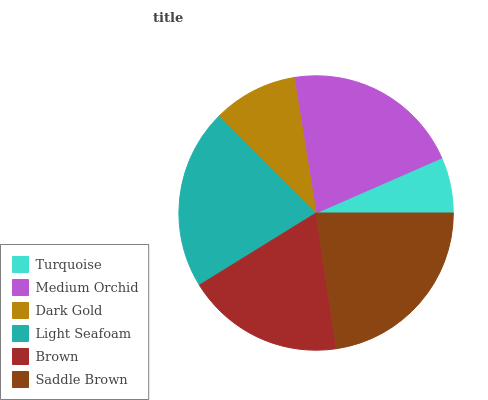
| Turquoise | Medium Orchid | Dark Gold | Light Seafoam | Brown | Saddle Brown |
 | --- | --- | --- | --- | --- | --- |
 | 6.57% | 21% | 9.95% | 21.3% | 18.6% | 22.6% |